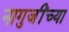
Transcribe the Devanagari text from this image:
नागुजींच्या